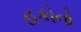
હકોનો